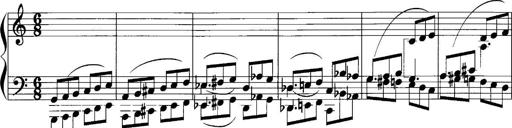
Title: Sonatina No.1
Composer: Otto Stoll
Key: C major